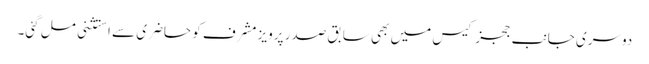
دوسری جانب ججز کیس میں بھی سابق صدر پرویز مشرف کو حاضری سے استثنی مل گئی۔